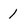
Character: 1